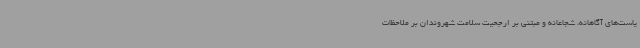
یاست‌های آگاهانه، شجاعانه و مبتنی بر ارجحیت سلامت شهروندان بر ملاحظات